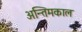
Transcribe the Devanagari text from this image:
अन्तिमकाल